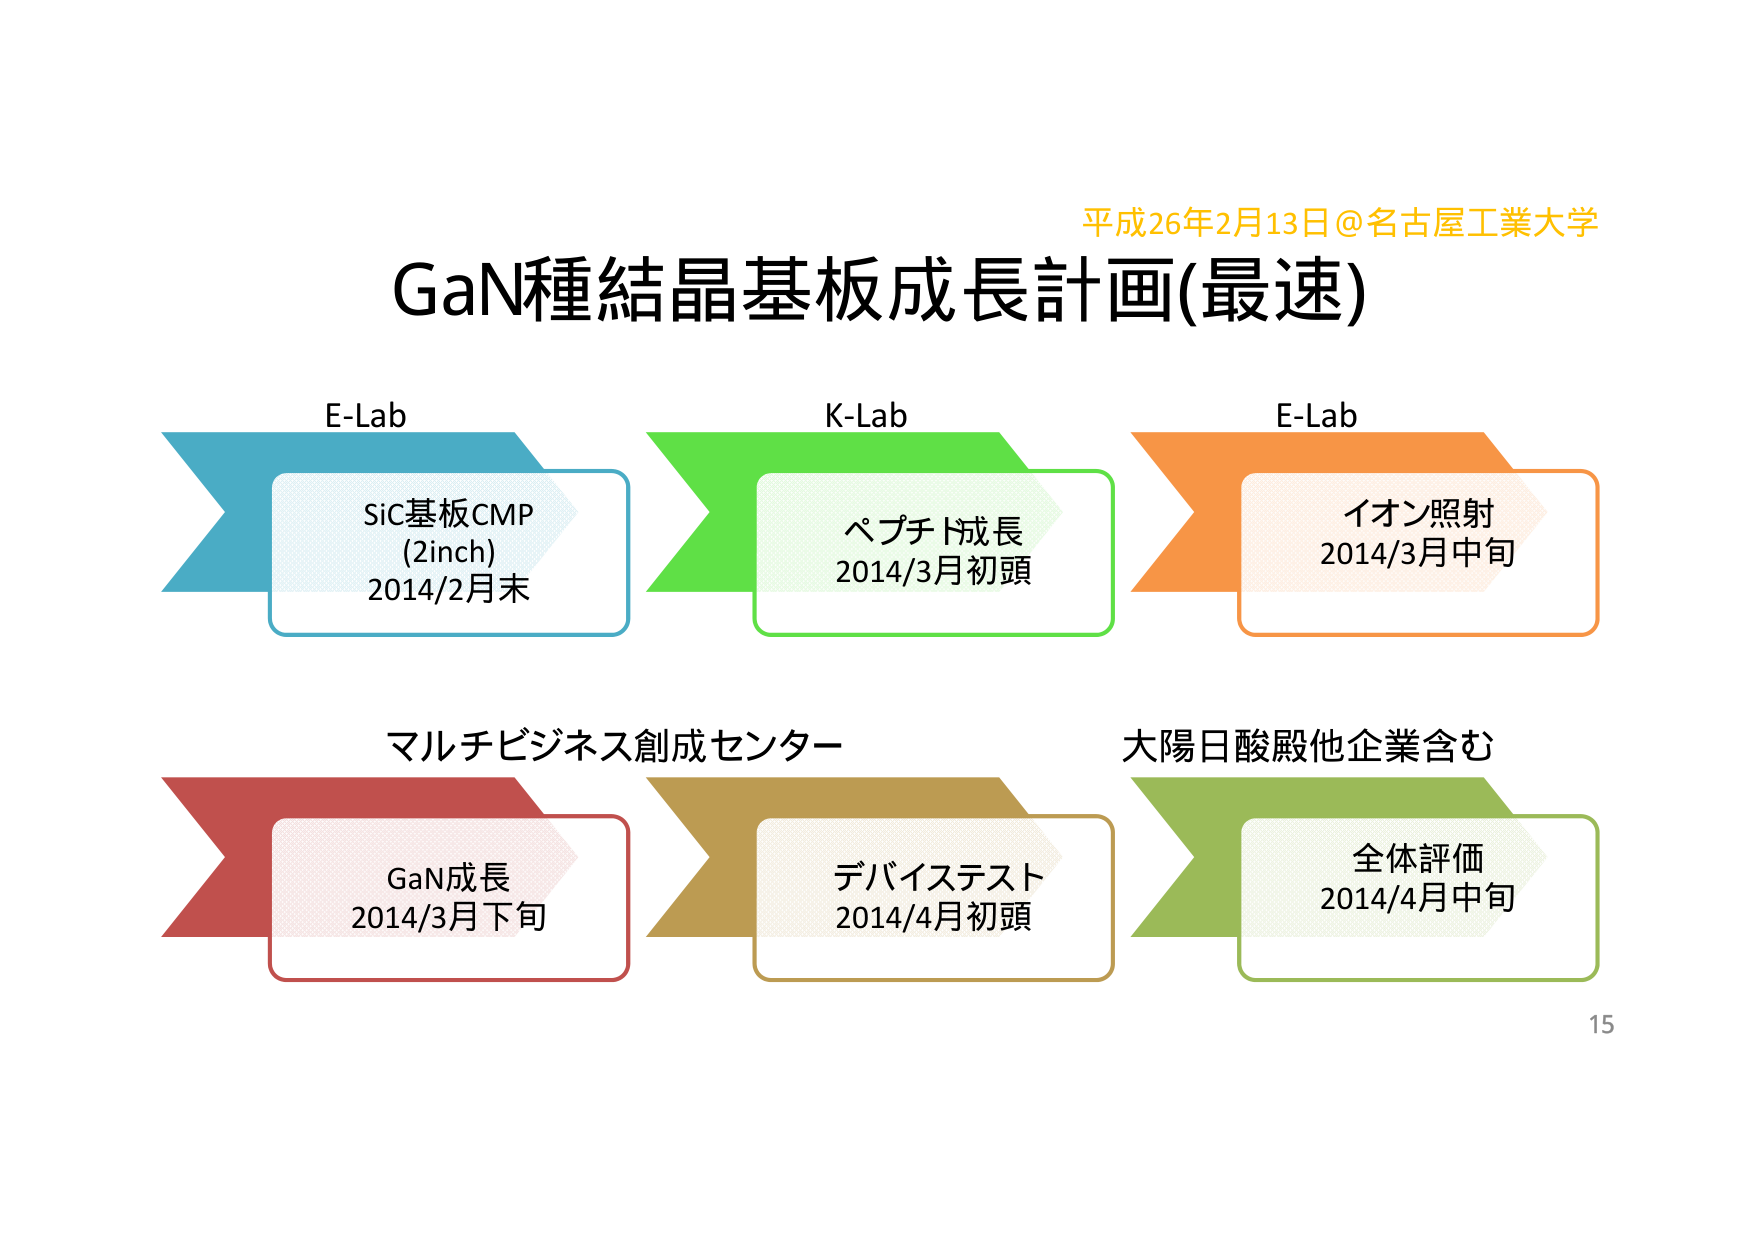
平成26年2月13日@名古屋工業大学
GaN種結晶基板成長計画(最速)
E-Lab
SiC基板CMP
(2inch)
2014/2月末
K-Lab
ペプチド成長
2014/3月初頭
E-Lab
イオン照射
2014/3月中旬
マルチビジネス創成センター
GaN成長
2014/3月下旬
デバイステスト
2014/4月初頭
大陽日酸殿他企業含む
全体評価
2014/4月中旬
15